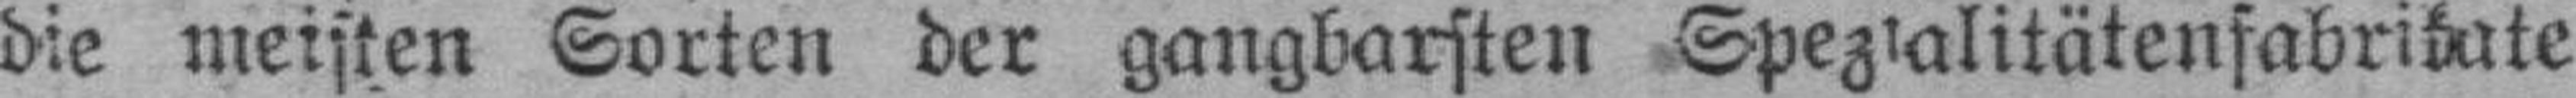
die meisten Sorten der gangbarsten Spezialitätenfabrikate